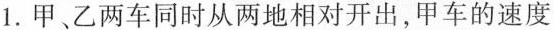
1.甲、乙两车同时从两地相对开出，甲车的速度